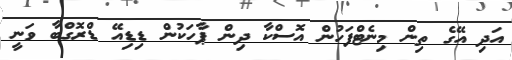
އަދި އޭގެ ތިން މިނެޓްފަހުން އޮސްކާ ދިން ޕާހަކުން ޑިޑިއޭ ޑްރޮގްބާ ވަނީ